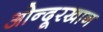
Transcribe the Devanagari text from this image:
ओन्दूरखान